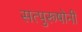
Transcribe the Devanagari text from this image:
सत्पुरूषोनी